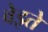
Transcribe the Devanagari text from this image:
वेइते